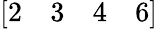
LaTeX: [\begin{array}{llll}{2}&{3}&{4}&{6}\end{array}]